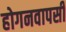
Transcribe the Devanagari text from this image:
होगनवापसी